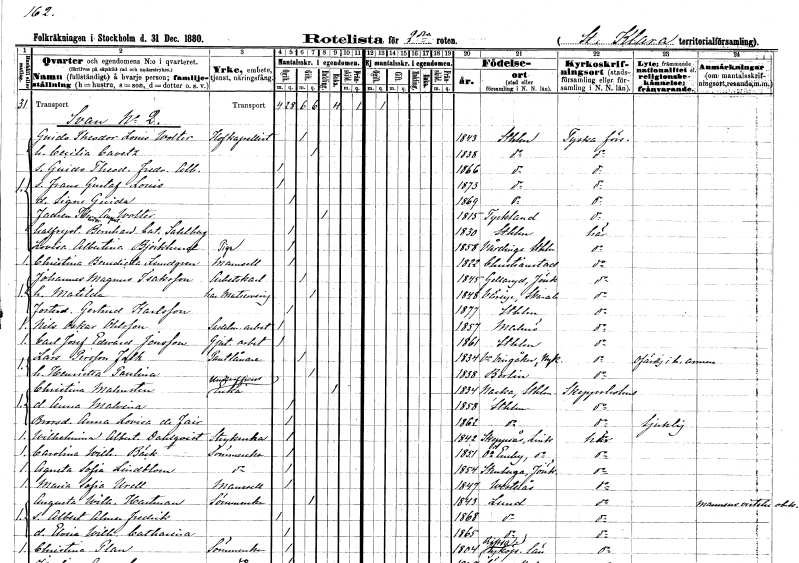
gt_parse: households: individuals: FN: Guido Theodor Louis
EN: Wolter
YRKE: Hovkapellist
KON: M
CIV: G
FODAR: 1843
FODFORS: Stockholm
FN: Cecilia
EN: Cavetz
KON: K
CIV: G
FODAR: 1838
FODFORS: Stockholm
FN: Guido Theodor Fredrik Albin
KON: M
CIV: O
FODAR: 1866
FODFORS: Stockholm
FN: Frans Gustaf Louis
KON: M
CIV: O
FODAR: 1873
FODFORS: Stockholm
FN: Signe Guida
KON: K
CIV: O
FODAR: 1869
FODFORS: Stockholm
FN: Theodor August
EN: Wolter
KON: M
CIV: E
FODAR: 1815
FN: Bernhardina Catarina
EN: Sahlberg
KON: K
CIV: O
FODAR: 1830
FODFORS: Stockholm
FN: Lovisa Albertina
EN: Björklund
YRKE: Piga
KON: K
CIV: O
FODAR: 1858
FODFORS: Vårdinge Stockholms län
FN: Christina Benedicta
EN: Lundgren
KON: K
CIV: O
FODAR: 1822
FODFORS: Kristianstad Kristianstads län
FN: Johannes Magnus
EN: Isaksson
YRKE: Arbetskarl
KON: M
CIV: G
FODAR: 1845
FODFORS: Gällaryd Jönköpings län
FN: Matilda
YRKE: Har matservering
KON: K
CIV: G
FODAR: 1848
FODFORS: Väring Skaraborgs län
FN: Gertrud
EN: Karlsson
KON: K
CIV: O
FODAR: 1877
FODFORS: Stockholm
FN: Nils Oskar
EN: Ohlsson
YRKE: Sadelmakeriarbetare
KON: M
CIV: O
FODAR: 1857
FODFORS: Malmö Malmöhus län
FN: Carl Josef Edvard
EN: Jonsson
YRKE: Gjuteriarbetare
KON: M
CIV: O
FODAR: 1861
FODFORS: Stockholm
FN: Lars
EN: Persson Falk
YRKE: Pantlånare
KON: M
CIV: G
FODAR: 1834
FODFORS: Västra Vingåker Södermanlands län
FN: Henrietta Paulina
KON: K
CIV: G
FODAR: 1838
FN: Christina
EN: Malmsten
YRKE: Underofficersänka
KON: K
CIV: E
FODAR: 1834
FODFORS: Nacka Stockholms län
FN: Anna Malvina
KON: K
CIV: O
FODAR: 1858
FODFORS: Stockholm
FN: Anna Lovisa
EN: de Fair
KON: K
CIV: O
FODAR: 1862
FODFORS: Stockholm
FN: Wilhelmina Albertina
EN: Dahlqvist
YRKE: Strykerska
KON: K
CIV: O
FODAR: 1842
FODFORS: Skeppsås Östergötlands län
FN: Carolina Wilhelmina
EN: Bäck
YRKE: Sömmerska
KON: K
CIV: O
FODAR: 1851
FODFORS: Östra Eneby Östergötlands län
FN: Agneta Sofia
EN: Lindblom
YRKE: Sömmerska
KON: K
CIV: O
FODAR: 1854
FODFORS: Stenberga Jönköpings län
FN: Maria Sofia
EN: Urell
KON: K
CIV: O
FODAR: 1847
FODFORS: Västerås Västmanlands län